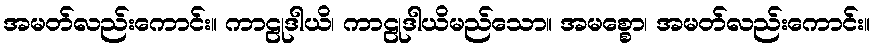
အမတ်လည်းကောင်း။ ကာဠုဒါယိ၊ ကာဠုဒါယိမည်သော။ အမစ္စော၊ အမတ်လည်းကောင်း။